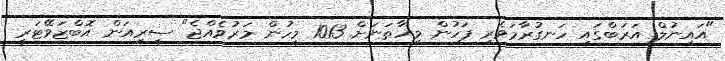
"އައިނުލް އަރަބްގައި ހަނގުރާމަވެރި ފަހުން މިހާތަނަށް 1013 މީހުން މަރުވެއްޖެ" ސީރިއަން އޮބްޒަވޭޓަރީ